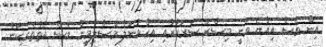
އިން ވެސް އިއްޔެ ވަނީ މިސްރު ސަރުކާރާއި އިހްވާނުލް މުސްލިމީން ވެސް ކެތްތެރިކަން